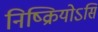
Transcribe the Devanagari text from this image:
निष्क्रियोऽसि